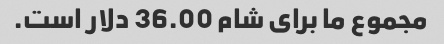
مجموع ما برای شام 36.00 دلار است.